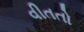
વીતતો